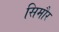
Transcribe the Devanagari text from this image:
सिमौर